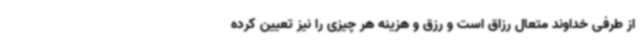
از طرفی خداوند متعال رزاق است و رزق و هزینه هر چیزی را نیز تعیین کرده